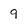
Character: 9